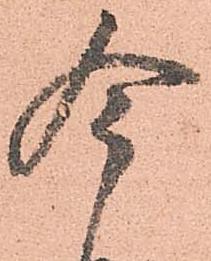
今